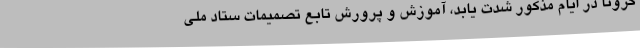
کرونا در ایام مذکور شدت یابد، آموزش و پرورش تابع تصمیمات ستاد ملی